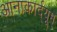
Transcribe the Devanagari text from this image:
आनाकार्द्यूम्